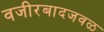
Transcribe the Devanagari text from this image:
वजीरबादजवळ